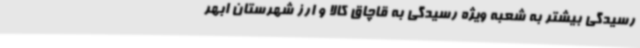
رسیدگی بیشتر به شعبه ویژه رسیدگی به قاچاق کالا و ارز شهرستان ابهر